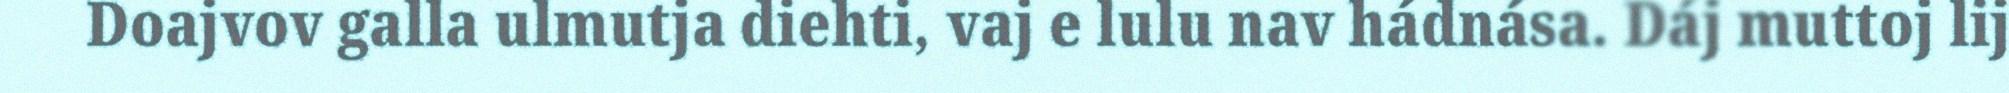
Doajvov galla ulmutja diehti, vaj e lulu nav hádnása. Dáj muttoj lij